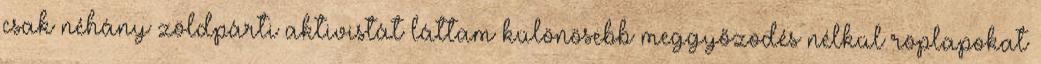
csak néhány zöldpárti aktivistát láttam különösebb meggyőzodés nélkül röplapokat